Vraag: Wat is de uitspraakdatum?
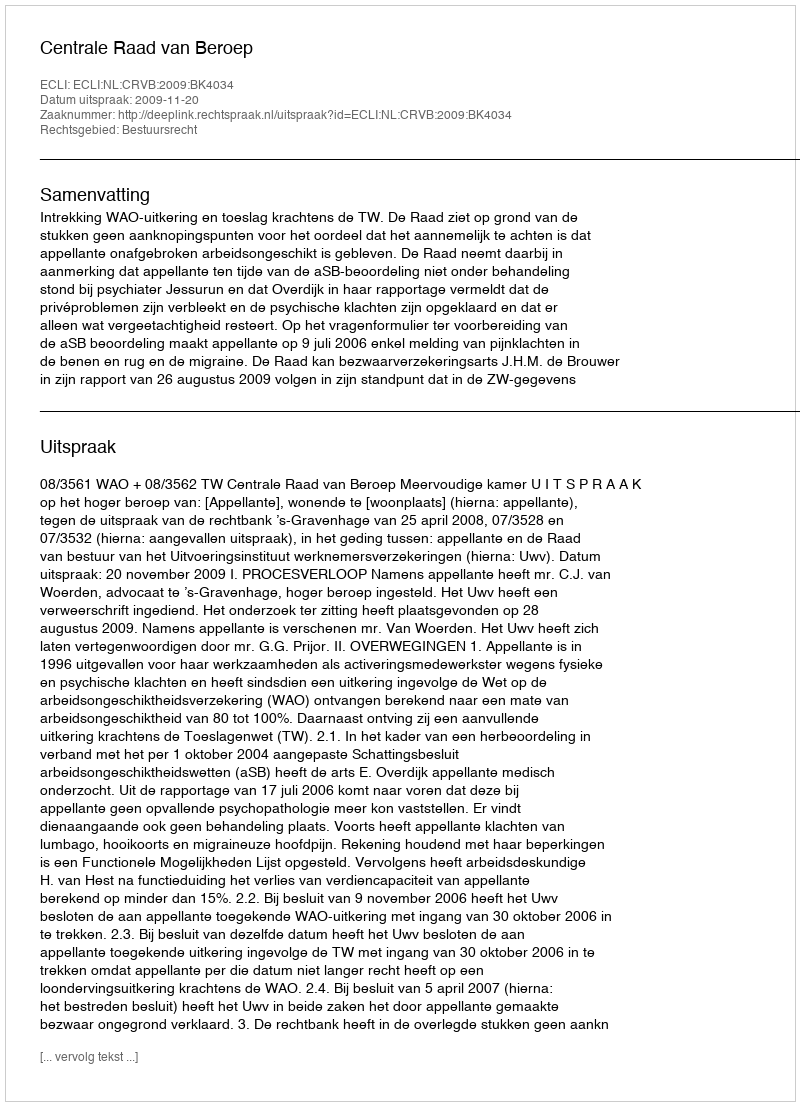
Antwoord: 2009-11-20